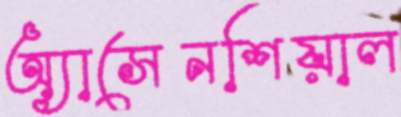
অ্যাসেনশিয়াল